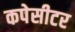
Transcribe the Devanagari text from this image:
कपेसीटर